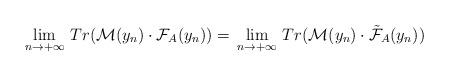
LaTeX: \begin{align*}\lim_{n\to +\infty}\,Tr(\mathcal{M}(y_n)\cdot \mathcal{F}_A(y_n))=\,\lim_{n\to +\infty}\,Tr(\mathcal{M}(y_n)\cdot \tilde{\mathcal{F}}_A(y_n))\end{align*}